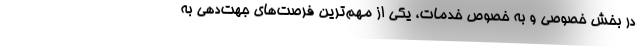
در بخش خصوصی و به خصوص خدمات، یکی از مهم‌ترین فرصت‌های جهت‌دهی به